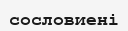
сословиені